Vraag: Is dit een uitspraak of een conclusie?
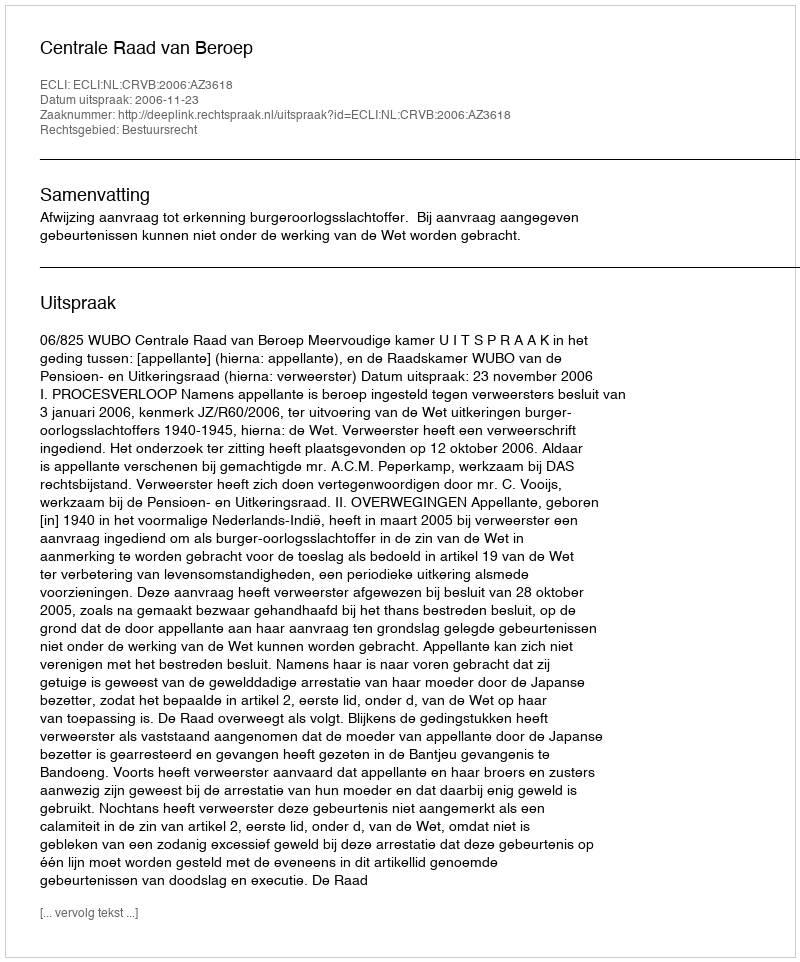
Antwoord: Uitspraak